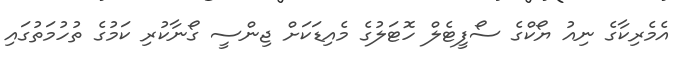
އެމެރިކާގެ ނިއު ޔޯކްގެ ސޯފީޓެލް ހޮޓަލުގެ މެއިޑަކަށް ޖިންސީ ގޯނާކުރި ކަމުގެ ތުހުމަތުގައި